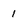
Character: 1